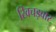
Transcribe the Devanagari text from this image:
खिचड़वार